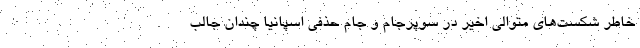
خاطر شکست‌های متوالی اخیر در سوپرجام و جام حذفی اسپانیا چندان جالب